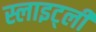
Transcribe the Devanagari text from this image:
स्लाइट्ली